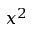
x ^ { 2 }